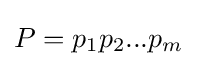
P=p_{1}p_{2}...p_{m}